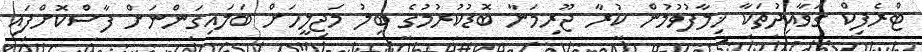
ޓްރެފިކް ގަވާއިދުތަކާ ޚިލާފުވުމުން ކުރާ ޖޫރިމަނާ ބޮޑުކުރުމުގެ ބިލު މަޖިލީހަށް ބަލައިގަންނަށް ފާސްކޮށްފައި